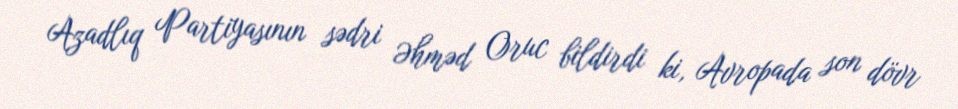
Azadlıq Partiyasının sədri Əhməd Oruc bildirdi ki, Avropada son dövr